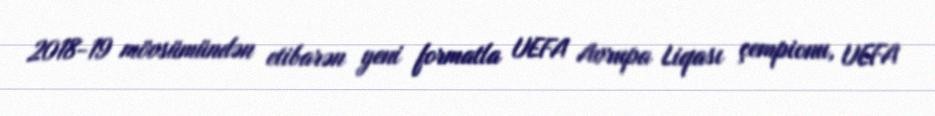
2018-19 mövsümündən etibarən yeni formatla UEFA Avrupa Liqası çempionu, UEFA